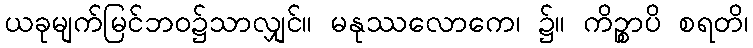
ယခုမျက်မြင်ဘဝ၌သာလျှင်။ မနုဿလောကေ၊ ၌။ ကိဉ္စာပိ စရတိ၊